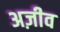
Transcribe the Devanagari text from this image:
अज़ीव